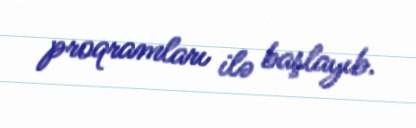
proqramları ilə başlayıb.